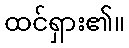
ထင်ရှား၏။